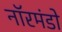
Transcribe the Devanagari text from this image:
नॉरमंडो